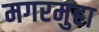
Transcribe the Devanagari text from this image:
मगरमुहा